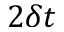
2 \delta t